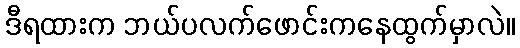
ဒီရထားက ဘယ်ပလက်ဖောင်းကနေထွက်မှာလဲ။